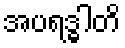
အပရဒ္ဓါတိ